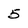
Character: 5